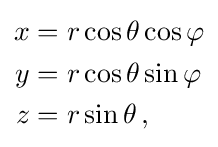
{\begin{aligned}x&=r\cos \theta \cos \varphi \\y&=r\cos \theta \sin \varphi \\z&=r\sin \theta \,,\end{aligned}}